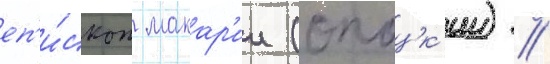
еп'и́скоп макар'ии (опоцк'ии) //